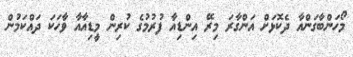
މޯހަންބާގަންއާ ދެކޮޅަށް އަންގާރަ މިރޭ އިންޑިއާ ފުރުމުގެ ކުރިން މީޑިއާއާ ވާހަކަ ދައްކަމުން